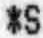
*S